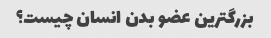
بزرگترین عضو بدن انسان چیست؟